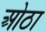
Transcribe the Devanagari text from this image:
ओठा